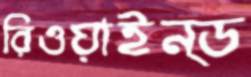
রিওয়াইন্ড